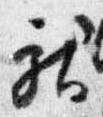
献